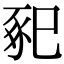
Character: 𢁁